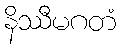
နိဿီမဂတံ